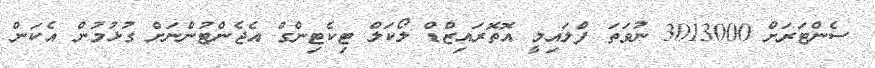
ސެންޓަރަށް 3013000 ނުވަތަ ފްލައިމީ އޮތޮރައިޒްޑް ލޯކަލް ޓިކެޓިންގް އެޖެންޓުންނަށް ގުޅުމުން އެކަން